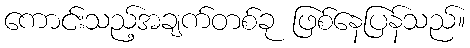
ကောင်းသည့်အချက်တစ်ခု ဖြစ်နေပြန်သည်။